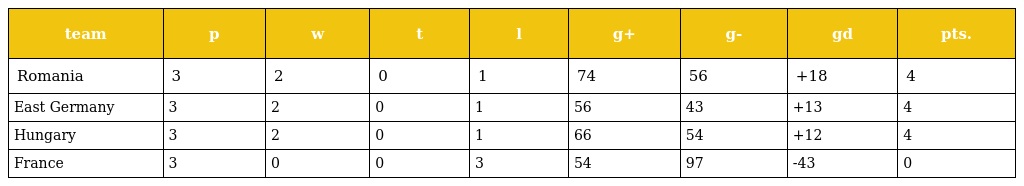
| team | p | w | t | l | g+ | g- | gd | pts. |
 | --- | --- | --- | --- | --- | --- | --- | --- | --- |
 | Romania | 3 | 2 | 0 | 1 | 74 | 56 | +18 | 4 |
 | East Germany | 3 | 2 | 0 | 1 | 56 | 43 | +13 | 4 |
 | Hungary | 3 | 2 | 0 | 1 | 66 | 54 | +12 | 4 |
 | France | 3 | 0 | 0 | 3 | 54 | 97 | -43 | 0 |